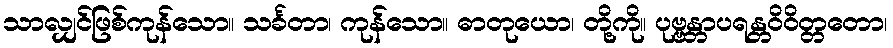
သာလျှင်ဖြစ်ကုန်သော။ သင်္ခတာ၊ ကုန်သော။ ဓာတုယော၊ တို့ကို။ ပုဗ္ဗန္တာပရန္တဝိဝိတ္တတော၊